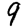
Digit: 9